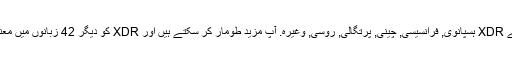
واپسی کے طور پر ، ہم کی مخفف کا ترجمہ کیا ہے XDR ہسپانوی, فرانسیسی, چینی, پرتگالی, روسی, وغیرہ. آپ مزید طومار کر سکتے ہیں اور XDR کو دیگر 42 زبانوں میں معنی تلاش کرنے کے لیے زبان مینیو پر کلک کریں ۔